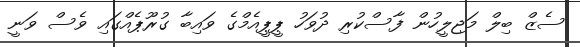
ސެޒް ބިލް މަޖިލީހުން ފާސްކުރި ދުވަހު ޕީޕީއެމްގެ ވައިބާ ގުރޫޕެއްގައި ވެސް ވަނީ